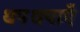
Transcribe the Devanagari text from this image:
थपथपाएँ